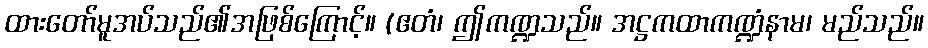
ထားတော်မူအပ်သည်၏အဖြစ်ကြောင့်။ (ဧတံ၊ ဤကဏ္ဍသည်။ အဋ္ဌကထာကဏ္ဍံနာမ၊ မည်သည်။